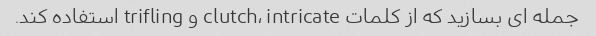
جمله ای بسازید که از کلمات clutch، intricate و trifling استفاده کند.